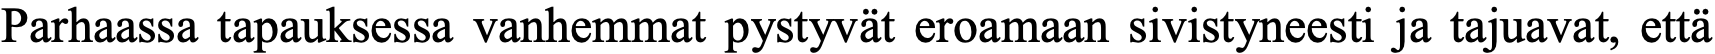
Parhaassa tapauksessa vanhemmat pystyvät eroamaan sivistyneesti ja tajuavat, että